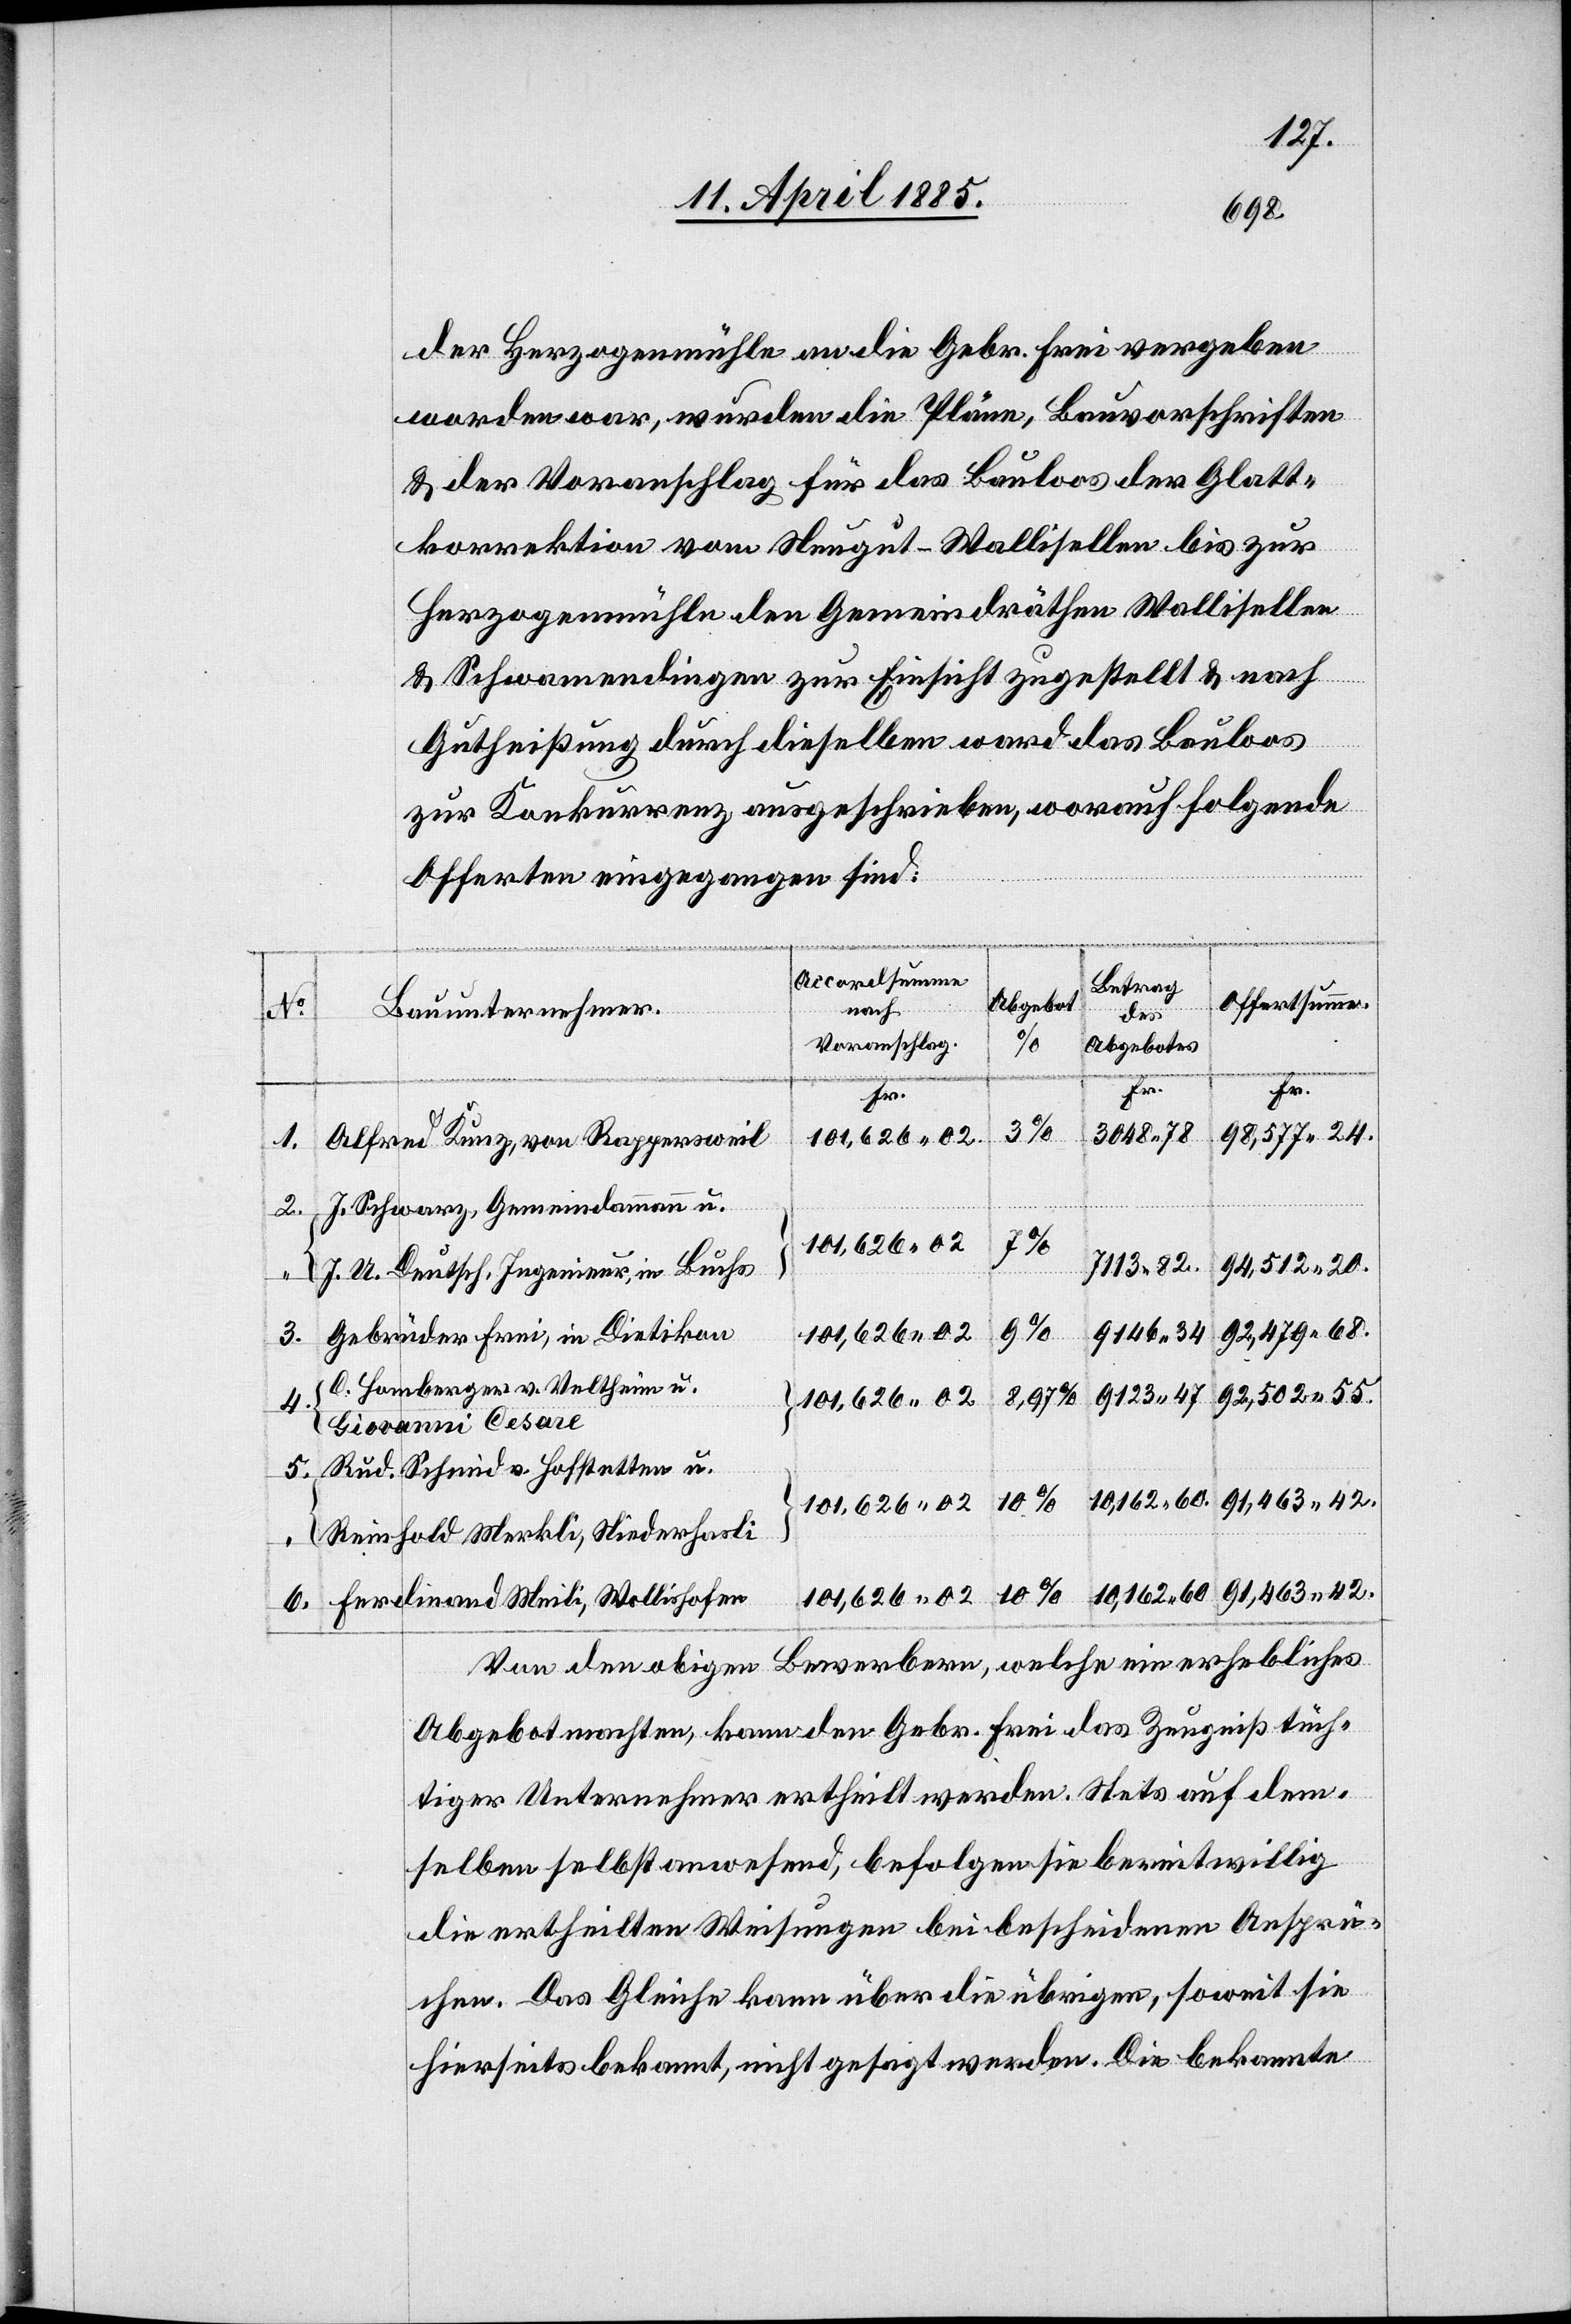
der Herzogenmühle an die Gebr. Frei vergeben
worden war, wurden die Pläne, Bauvorschriften
& der Voranschlag für das Bauloos der Glatt¬
korrektion vom Neugut - Wallisellen bis zur
Herzogenmühle den Gemeindräthen Wallisellen
& Schwamendingen zur Einsicht zugestellt & nach
Gutheißung durch dieselben ward das Bauloos
zur Konkurrenz ausgeschrieben, worauf folgende
Offerten eingegangen sind:
Accordsumme
Betrag
Offertsumme.
Abgebot
nach
Bauunternehmer.
1.
des
6.
Voranschlag.
Abgebotes
Fr.
Fr.
3048 78
98,577 24.
Alfred Kunz, von Rappersweil
J. Schwarz, Gemeindeamman u.
2.
101,626 02
82
94,512 20.
J. U. Deutsch, Ingenieur, in Buchs
92,479 68.
9146 34
Gebrüder Frei, in Dietikon
3.
D. Homberger v. Veltheim u.
92,502 55
9123 47
101,626 02
4.
Giovanni Cesare
Rud. Schmid v. Hostetten u.
5.
10,162 60
Reinhold Merkli, Niederhasli
91,463 42.
Ferdinand Meili, Wollishofen
Von den obigen Bewerbern, welche ein erhebliches
Abgebot machten, kann den Gebr. Frei das Zeugniß tüch¬
tiger Unternehmer ertheilt werden. Stets auf dem¬
selben selbst anwesend, befolgen sie bereitwillig
die ertheilten Weisungen bei bescheidenen Ansprü¬
chen. Das Gleiche kann über die übrigen, soweit sie
hierseits bekannt, nicht gesagt werden. Die bekannte